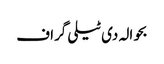
بحوالہ دی ٹیلی گراف